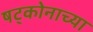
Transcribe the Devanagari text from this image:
षट्कोनाच्या